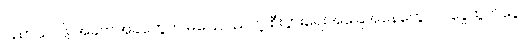
ပညာသင်ဖို့ အခက်အခဲတွေက မပြေလည်တဲ့ စီးပွားရေးအခြေအနေတွေ၊ ဝင်ငွေထွက်ငွေ